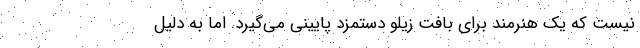
نیست که یک هنرمند برای بافت زیلو دستمزد پایینی می‌گیرد. اما به دلیل